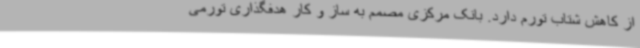
از کاهش شتاب تورم دارد. بانک مرکزی مصمم به ساز و کار هدفگذاری تورمی